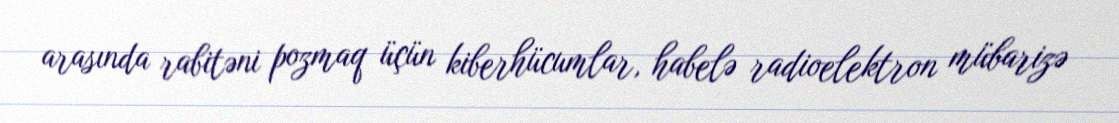
arasında rabitəni pozmaq üçün kiberhücumlar, habelə radioelektron mübarizə